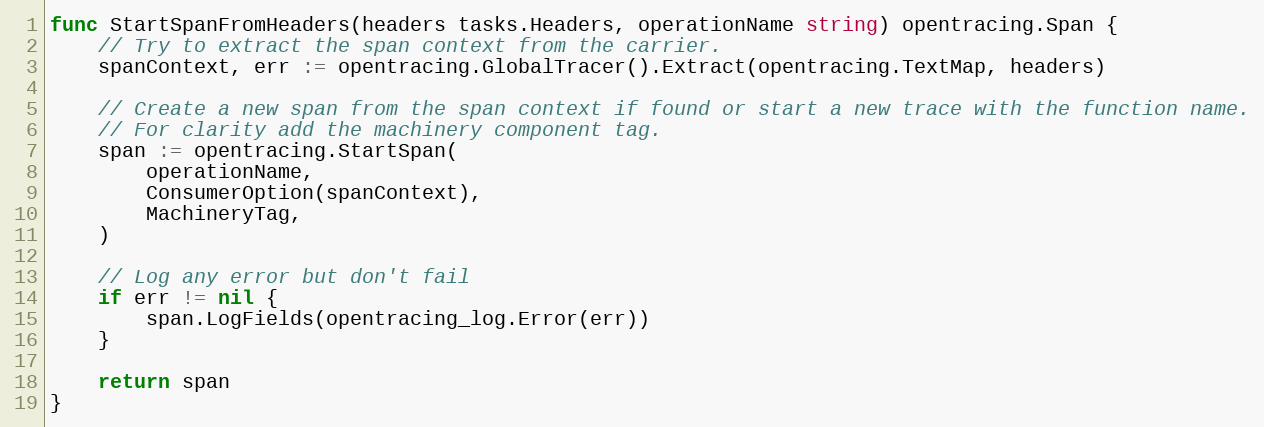
Language: Go
func StartSpanFromHeaders(headers tasks.Headers, operationName string) opentracing.Span {
	// Try to extract the span context from the carrier.
	spanContext, err := opentracing.GlobalTracer().Extract(opentracing.TextMap, headers)

	// Create a new span from the span context if found or start a new trace with the function name.
	// For clarity add the machinery component tag.
	span := opentracing.StartSpan(
		operationName,
		ConsumerOption(spanContext),
		MachineryTag,
	)

	// Log any error but don't fail
	if err != nil {
		span.LogFields(opentracing_log.Error(err))
	}

	return span
}